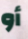
أو